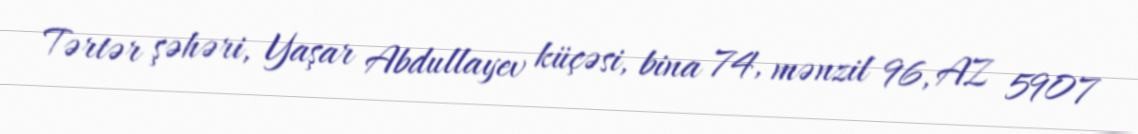
Tərtər şəhəri, Yaşar Abdullayev küçəsi, bina 74, mənzil 96, AZ 5907